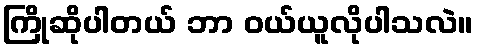
ကြိုဆိုပါတယ် ဘာ ဝယ်ယူလိုပါသလဲ။